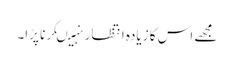
مجھے اس کا زیادہ انتظار نہیںکرنا پڑا۔